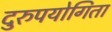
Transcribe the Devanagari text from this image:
दुरुपयोगिता